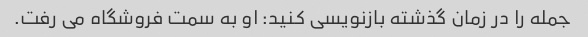
جمله را در زمان گذشته بازنویسی کنید: او به سمت فروشگاه می رفت.